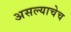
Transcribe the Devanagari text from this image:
असल्याचेच